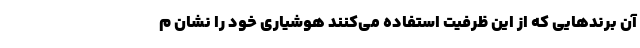
آن برندهایی که از این ظرفیت استفاده می‌کنند هوشیاری خود را نشان م